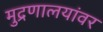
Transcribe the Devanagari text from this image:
मुद्रणालयांवर